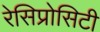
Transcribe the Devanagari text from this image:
रेसिप्रोसिटी